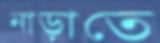
নাড়াতে